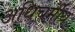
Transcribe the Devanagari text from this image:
अधिचर्मीय